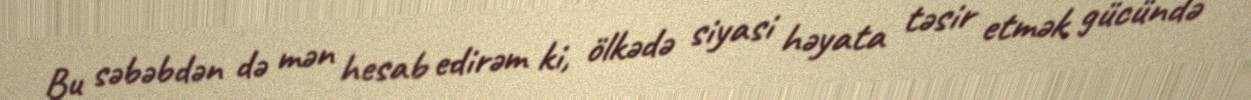
Bu səbəbdən də mən hesab edirəm ki, ölkədə siyasi həyata təsir etmək gücündə